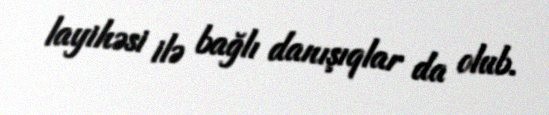
layihəsi ilə bağlı danışıqlar da olub.